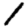
Digit: 1